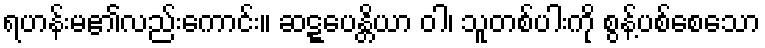
ရဟန်းမ၏လည်းကောင်း။ ဆဋ္ဋပေန္တိယာ ဝါ၊ သူတစ်ပါးကို စွန့်ပစ်စေသော